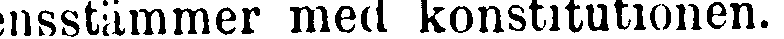
ensstämmer med konstitutionen.